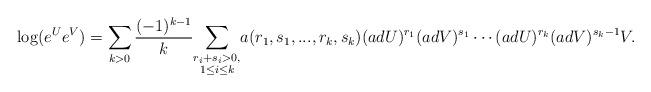
LaTeX: \begin{align*} \log(e^U e^V) = \sum_{k > 0} \frac{(-1)^{k-1}}{k} \underset{\substack{r_i+s_i > 0,\\1 \leq i \leq k}}{\sum} a(r_1,s_1,...,r_k,s_k) (ad U)^{r_1} (ad V)^{s_1} \cdots (ad U)^{r_k} (ad V)^{s_k-1} V.\end{align*}